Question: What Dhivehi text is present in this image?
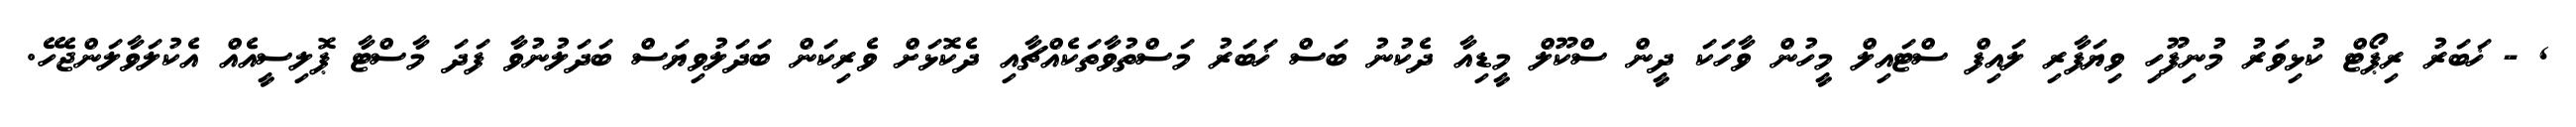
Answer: , - ޚަބަރު ރިޕޯޓް ކުޅިވަރު މުނިފޫހި ވިޔަފާރި ލައިފް ސްޓައިލް މީހުން ވާހަކަ ދީން ސްކޫލް މީޑިއާ ދެކުނު ބަސް ޚަބަރު މަސްތުވާތަކެއްޗާއި ދެކޮޅަށް ވެރިކަން ބަދަލުވިޔަސް ބަދަލުނުވާ ފަދަ މާސްޓާ ޕޮލިސީއެއް އެކުލަވާލަންޖެހޭ.